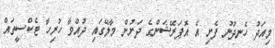
މިއަދު ހެނދުނު ފެށި އެ އޮޕަރޭޝަންގެ ދަށުން މާލޭގައި ދުއްވާ ހުރިހާ ޓެކްސީތައް